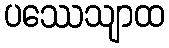
ပဿေသျာထ